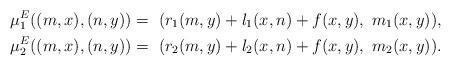
LaTeX: \begin{align*}{\mu}^E_1 ((m, x), (n, y)) =~& ( r_1(m , y) + l_1( x , n) + f (x, y),~ m_1 (x, y)),\\{\mu}^E_2 ((m, x), (n, y)) =~& ( r_2(m , y) + l_2( x , n) + f (x, y),~ m_2 (x, y)).\end{align*}